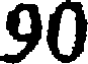
90